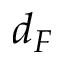
d _ { F }